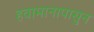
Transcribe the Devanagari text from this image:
हवामानापासुन